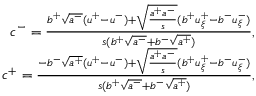
\begin{array} { r } { c ^ { - } = \frac { b ^ { + } \sqrt { a ^ { - } } ( u ^ { + } - u ^ { - } ) + \sqrt { \frac { a ^ { + } a ^ { - } } { s } } ( b ^ { + } u _ { \xi } ^ { + } - b ^ { - } u _ { \xi } ^ { - } ) } { s ( b ^ { + } \sqrt { a ^ { - } } + b ^ { - } \sqrt { a ^ { + } } ) } , } \\ { c ^ { + } = \frac { - b ^ { - } \sqrt { a ^ { + } } ( u ^ { + } - u ^ { - } ) + \sqrt { \frac { a ^ { + } a ^ { - } } { s } } ( b ^ { + } u _ { \xi } ^ { + } - b ^ { - } u _ { \xi } ^ { - } ) } { s ( b ^ { + } \sqrt { a ^ { - } } + b ^ { - } \sqrt { a ^ { + } } ) } , } \end{array}